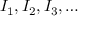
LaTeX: I _ { 1 } , I _ { 2 } , I _ { 3 } , \ldots